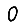
Digit: 0